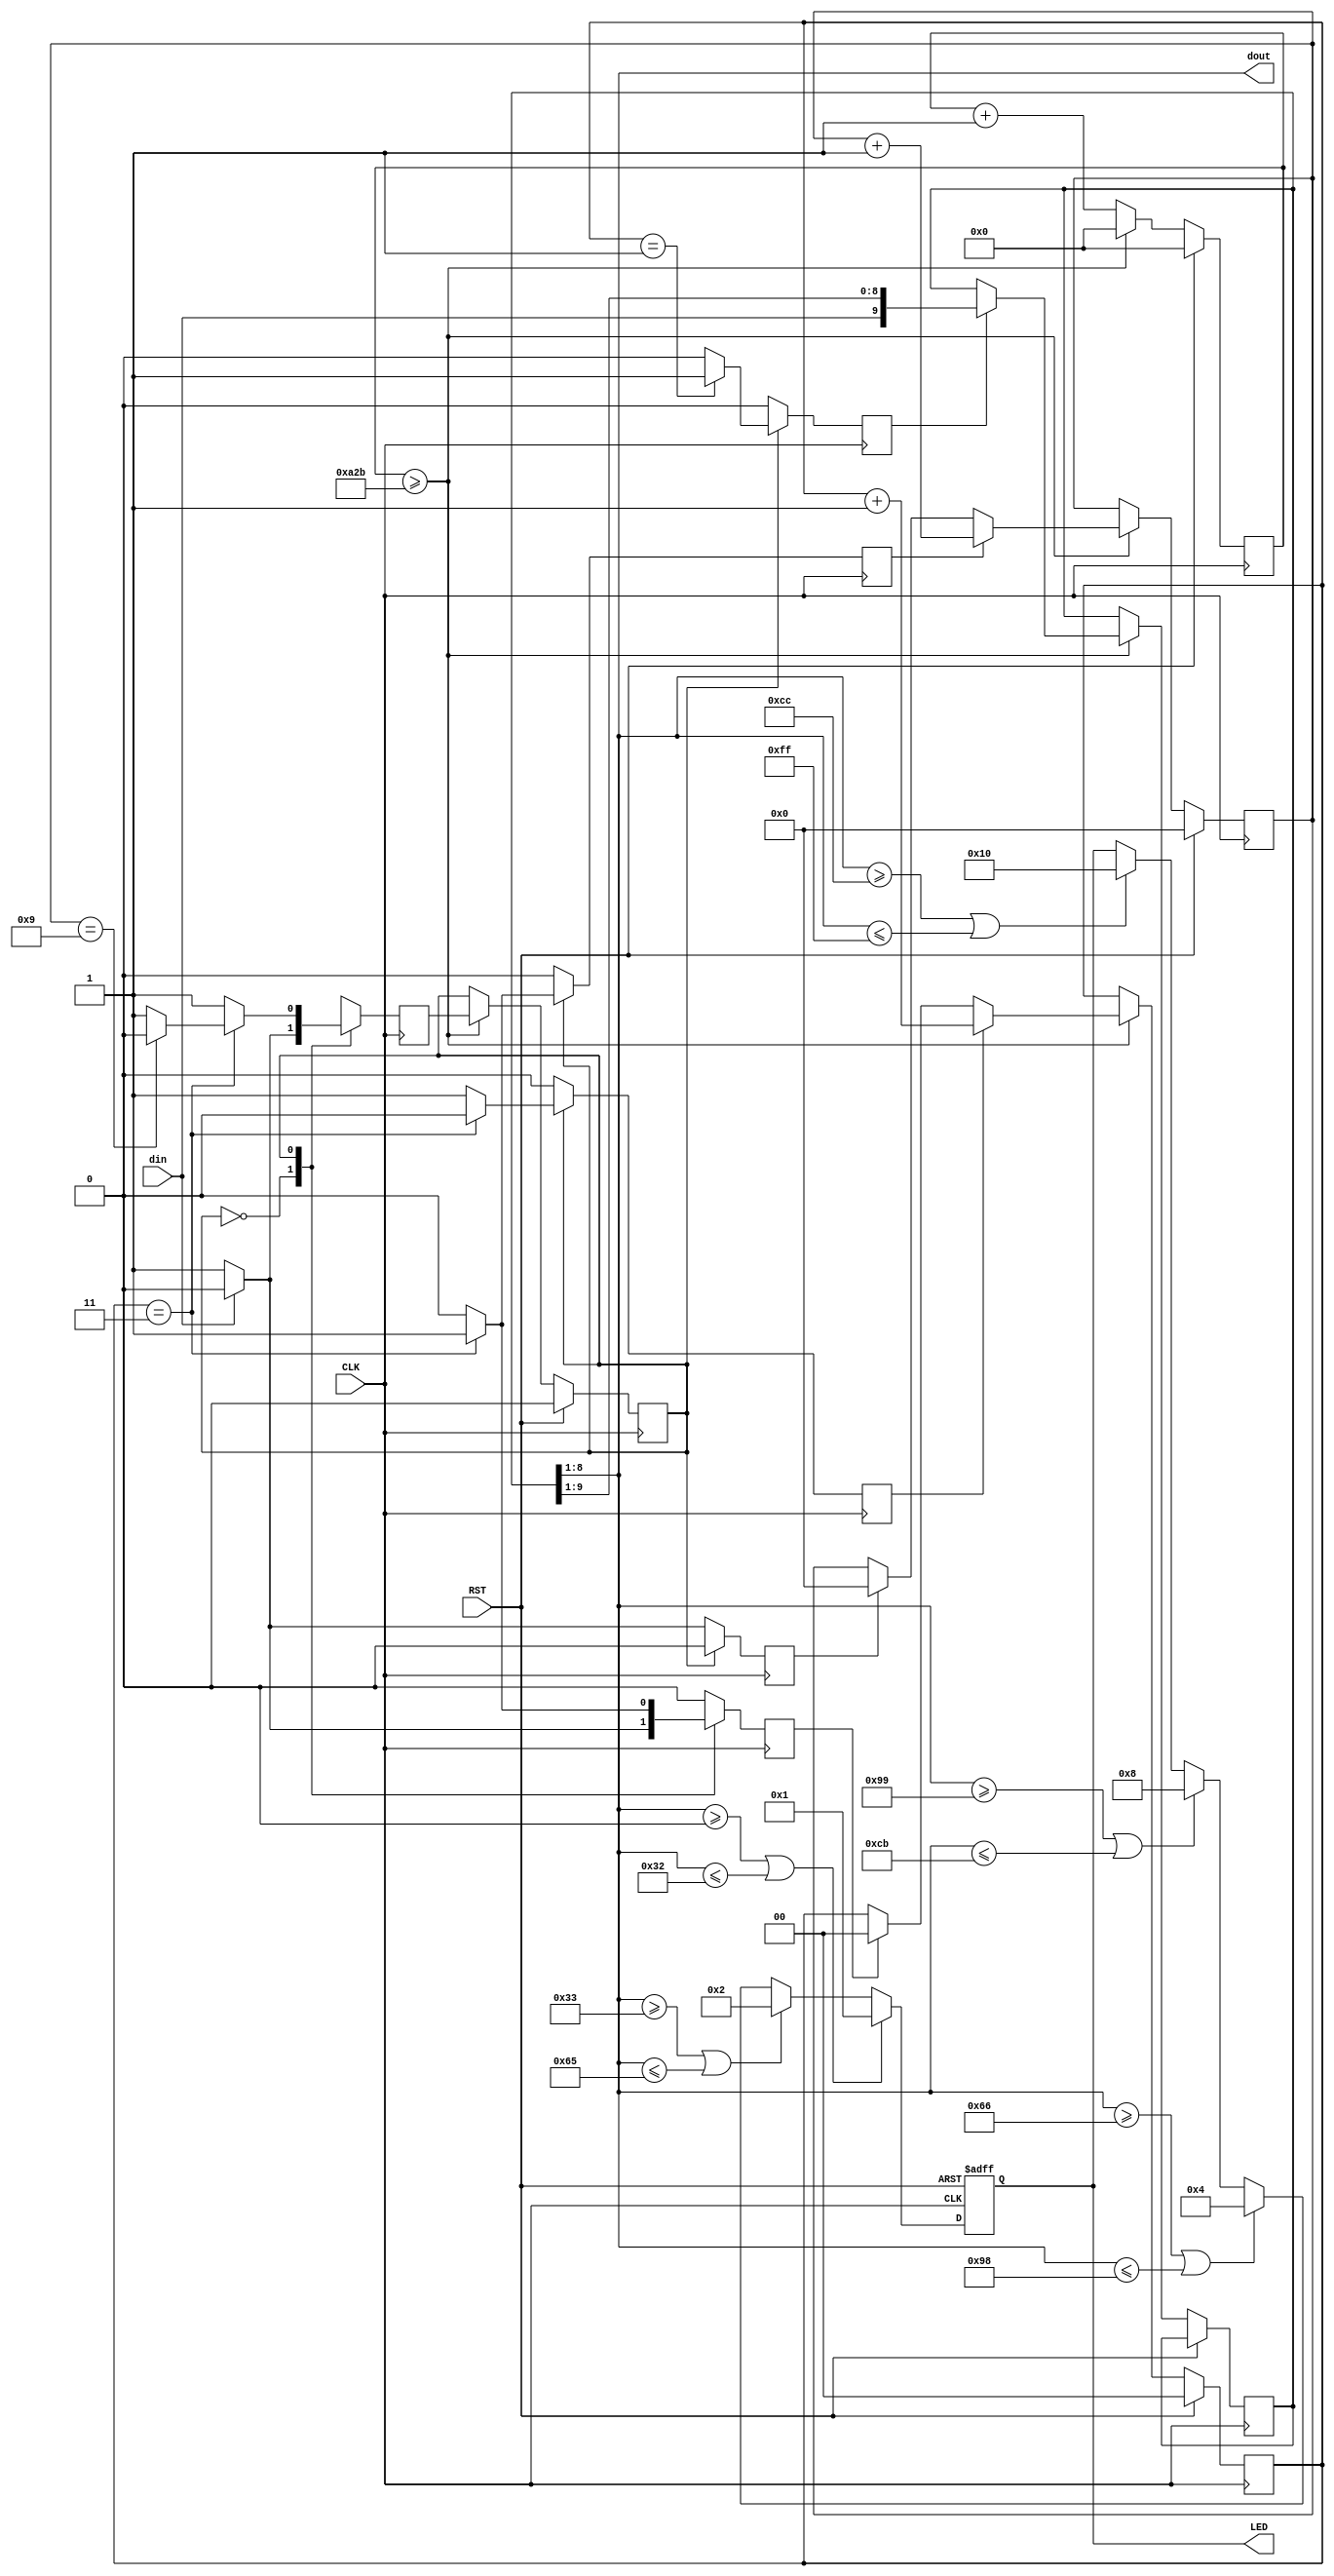
module UART_RX #(parameter WL = 8)
            (input CLK,RST,
             input din,
             output [WL - 1:0] dout,
             output reg [4:0] LED);

    reg shift;
    reg state,next_state;
    reg [3:0] bit_counter; //total number of bis is 10, 1 byte of data
    reg [1:0] sample_counter; //freq = 4 * BR
    reg [13:0] baudrate_counter; //9600
    reg [WL+1:0] rxshift_reg; //data

    reg clear_bitcounter,inc_bitcounter,inc_samplecounter,clear_samplecounter; //clear and inc bit counter

    parameter CLK_FREQ = 100_000_000;
    parameter baud_rate = 9600;
    parameter div_sample = 4;
    parameter div_counter = CLK_FREQ / (baud_rate * div_sample); //sample higher than baud_rate
    parameter mid_sample = div_sample / 2;  // sample at midpoint
    parameter div_bit = WL + 2; //start,stop, bits of data


    assign dout  = rxshift_reg [WL:1];
    
    always @ (posedge CLK) begin
        if(RST) begin
            state <= 0;
            bit_counter <= 0;
            baudrate_counter <= 0;
            sample_counter <= 0;
        end
        else begin
            baudrate_counter <= baudrate_counter + 1;
            if(baudrate_counter >= div_counter - 1) begin //BR with sampling reached
                baudrate_counter <= 0;
                state <= next_state; //receive
                if(shift)rxshift_reg <= {din,rxshift_reg[WL+1:1]};
                if(clear_samplecounter) sample_counter <= 0;
                if(inc_samplecounter) sample_counter <= sample_counter + 1;
                if(clear_bitcounter) bit_counter <= 0;
                if(inc_bitcounter) bit_counter <= bit_counter + 1;

            end
        end
    end
    
    always @ (posedge CLK) begin
        shift <= 0;
        clear_samplecounter <= 0;
        inc_samplecounter <= 0;
        clear_bitcounter <= 0;
        inc_bitcounter <= 0;
        next_state <= 0;

        case(state) 
            0: begin //IDLE
                if(din) next_state <= 0; //low start bit
                else begin
                    next_state <= 1;
                    clear_bitcounter <= 1;
                    clear_samplecounter <= 1;
                end
            end

            1: begin //RX
                next_state <= 1;
                if(sample_counter == mid_sample - 1) shift <= 1; //shift
                    if(sample_counter == div_sample - 1) begin //collect samples
                        if(bit_counter == div_bit - 1) next_state <= 0; //verify entire bits
                        inc_bitcounter <= 1;
                        clear_samplecounter <= 1; //sample again
                    end 
                    else inc_samplecounter <= 1; //proper sampling
            end
            default: next_state <= 0;
        endcase

    end
    
      always @ (posedge CLK or posedge RST) begin
            if(RST) LED <= 0;
            else begin
                if(dout >= 0 || dout <= 50) LED <= 5'b00001;
                else if(dout >= 51 || dout <= 101) LED <= 5'b00010;
                else if(dout >= 102 || dout <= 152) LED <= 5'b00100;
                else if(dout >= 153 || dout <= 203) LED <= 5'b01000;
                else if(dout >= 204 || dout <= 255) LED <= 5'b10000;
            end
        end

endmodule